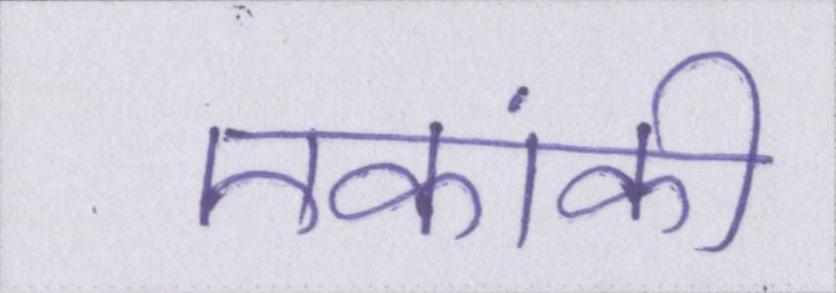
एकांकी